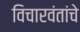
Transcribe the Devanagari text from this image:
विचारवंतांचे